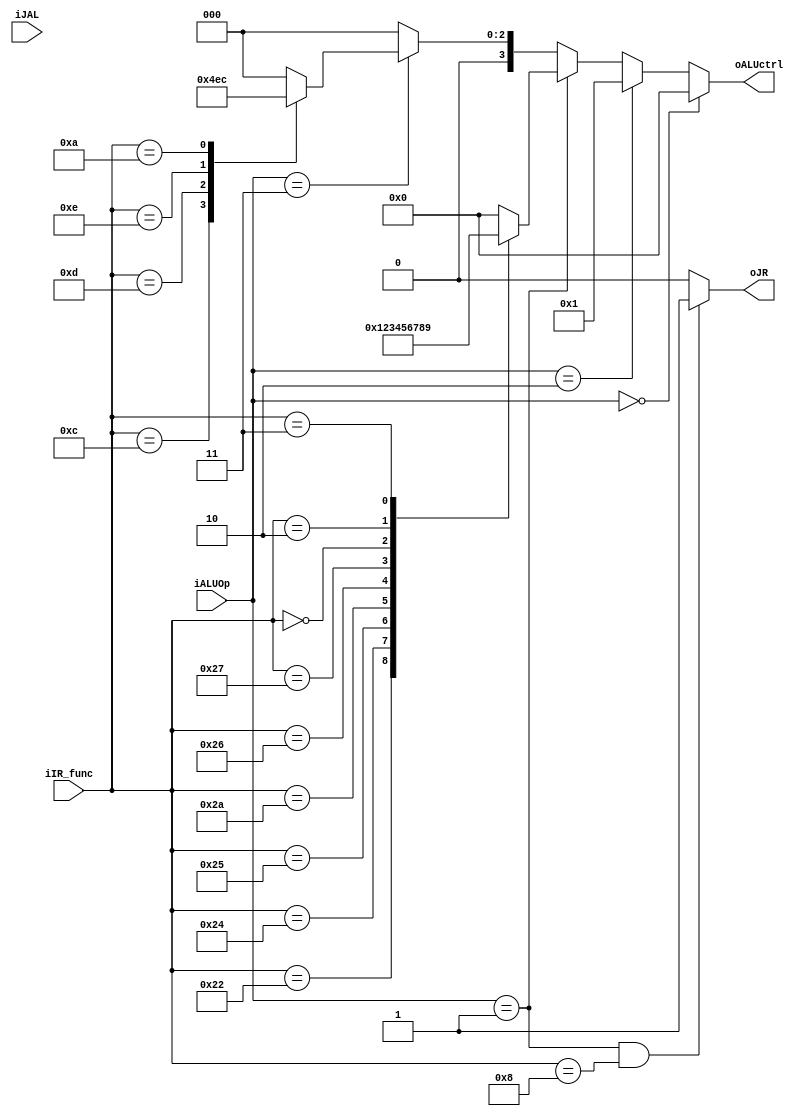
module ALUControl(
iIR_func,
iALUOp,
iJAL,
oALUctrl,
oJR
);

input  	   [5:0] iIR_func; //funct_RegD
input  	   [3:0] iALUOp;   //ALUOp_RegD
input 	         iJAL;
output reg [3:0] oALUctrl; //alu_op
output       	 oJR;      //JR

assign oJR = (iALUOp == 01 && iIR_func == 4'b1000)? 1 : 0;

always@ (*) begin
	oALUctrl = 0;
	if(iALUOp == 2'b00) oALUctrl = 0;
	else if(iALUOp == 2'b10) oALUctrl = 1; // beq
	else if(iALUOp == 2'b01) begin
		case(iIR_func)
			6'b100000: oALUctrl = 0; //add
			6'b100010: oALUctrl = 1; //sub
			6'b100100: oALUctrl = 2; //and
			6'b100101: oALUctrl = 3; //or
			6'b101010: oALUctrl = 4; //set less than
			6'b100110: oALUctrl = 5; //xor
			6'd39	 : oALUctrl = 6; //nor
			6'd0	 : oALUctrl = 7; //shift left
			6'd2	 : oALUctrl = 8; //shift right
			6'd3 	 : oALUctrl = 9; //shift right arithmetic
			default: oALUctrl = 0;
		endcase
	end
	// else if(iIR_opcode == 8  || iIR_opcode == 12 || iIR_opcode == 13 ||
		    // iIR_opcode == 14 || iIR_opcode == 10) oALUOp = 2'b11; // I type 
	else if(iALUOp == 2'b11) begin // I type
		case (iIR_func) // actually is OP-field
			6'd8 : oALUctrl = 0; // ADDI
			6'd12: oALUctrl = 2; // ANDI
			6'd13: oALUctrl = 3; // ORI
			6'd14: oALUctrl = 5; // XORI
			6'd10: oALUctrl = 4; // SLTI
			default : oALUctrl = 0;
		endcase
	end
end

endmodule